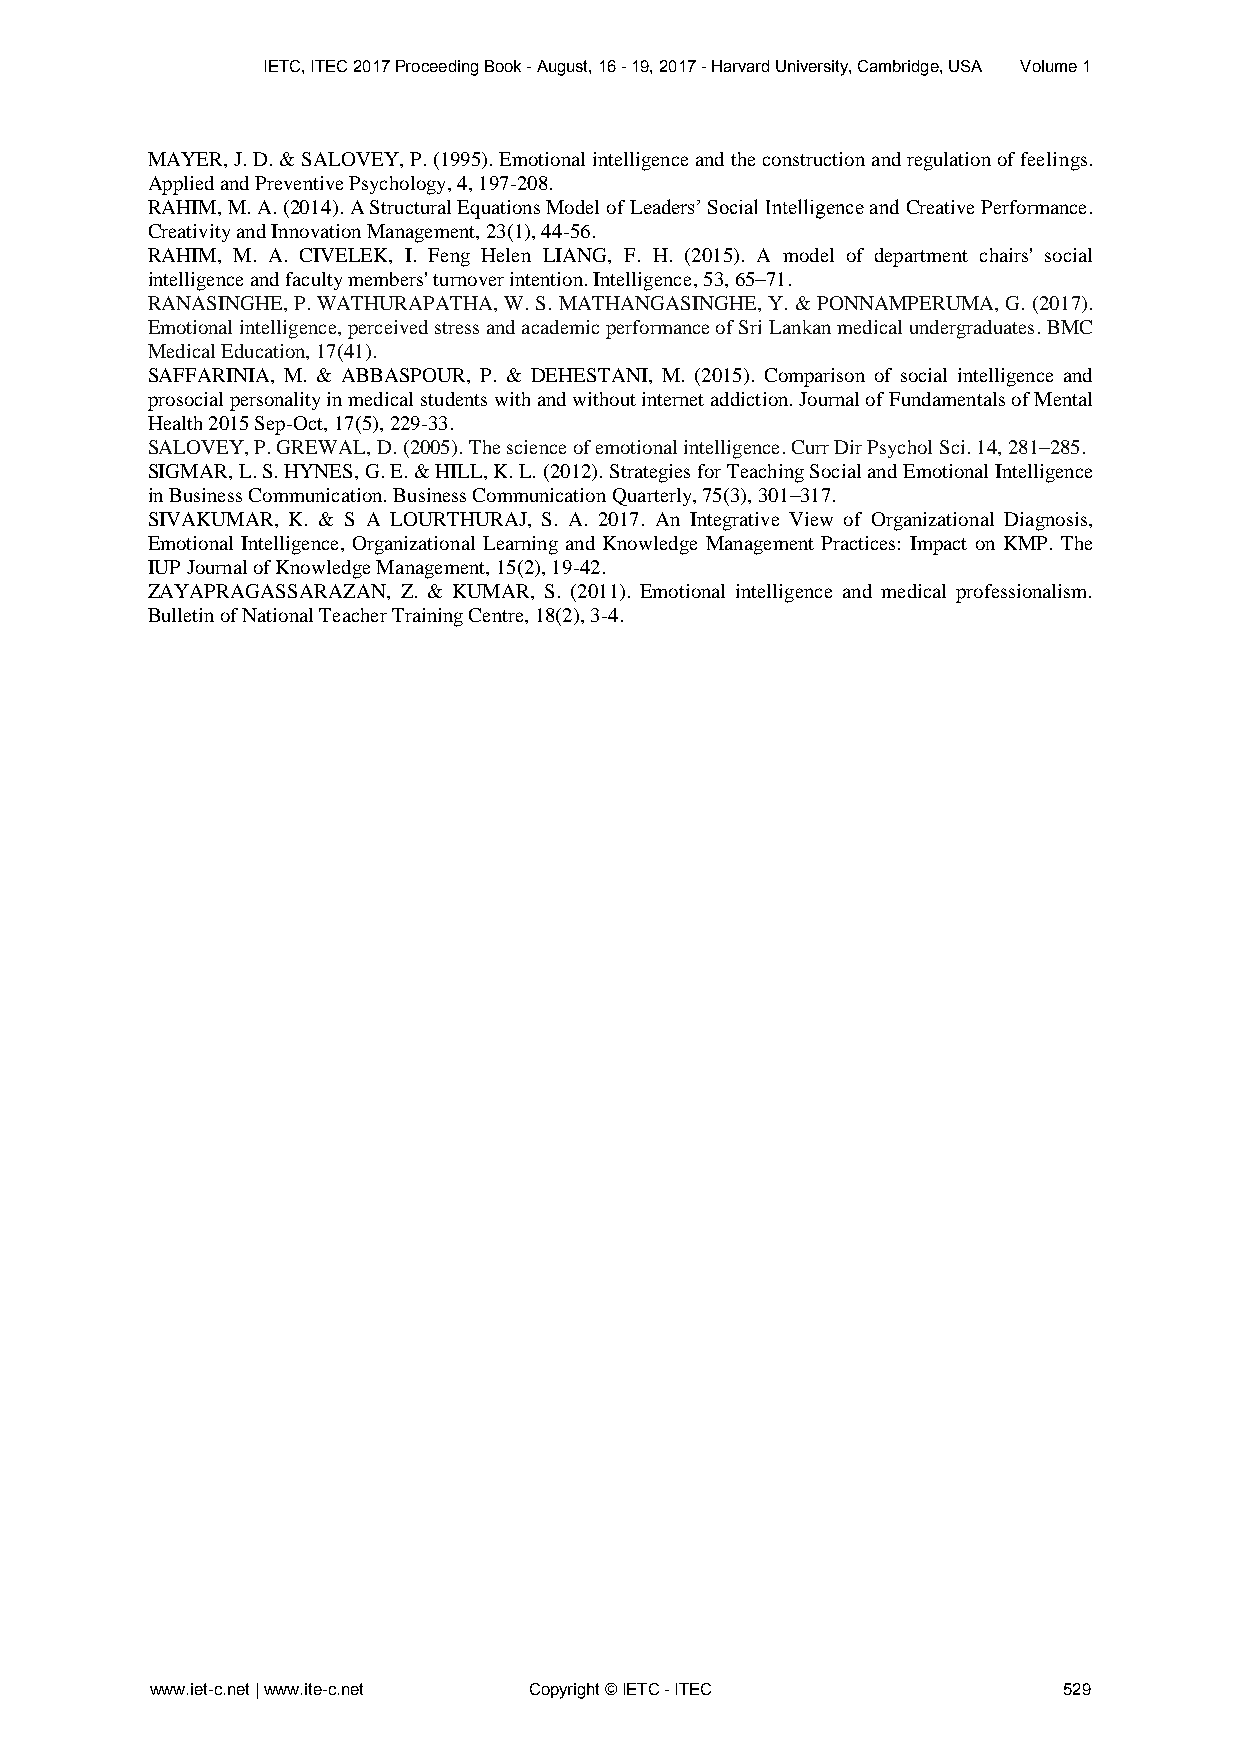
IETC, ITEC 2017 Proceeding Book - August, 16 - 19, 2017 - Harvard University, Cambridge, USA Volume 1
 MAYER, J. D. & SALOVEY, P. (1995). Emotional intelligence and the construction and regulation of feelings.
 Applied and Preventive Psychology, 4, 197-208.
 RAHIM, M. A. (2014). A Structural Equations Model of Leaders’ Social Intelligence and Creative Performance.
 Creativity and Innovation Management, 23(1), 44-56.
 RAHIM, M. A. CIVELEK, I. Feng Helen LIANG, F. H. (2015). A model of department chairs' social
 intelligence and faculty members' turnover intention. Intelligence, 53, 65–71.
 RANASINGHE, P. WATHURAPATHA, W. S. MATHANGASINGHE, Y. & PONNAMPERUMA, G. (2017).
 Emotional intelligence, perceived stress and academic performance of Sri Lankan medical undergraduates. BMC
 Medical Education, 17(41).
 SAFFARINIA, M. & ABBASPOUR, P. & DEHESTANI, M. (2015). Comparison of social intelligence and
 prosocial personality in medical students with and without internet addiction. Journal of Fundamentals of Mental
 Health 2015 Sep-Oct, 17(5), 229-33.
 SALOVEY, P. GREWAL, D. (2005). The science of emotional intelligence. Curr Dir Psychol Sci. 14, 281–285.
 SIGMAR, L. S. HYNES, G. E. & HILL, K. L. (2012). Strategies for Teaching Social and Emotional Intelligence
 in Business Communication. Business Communication Quarterly, 75(3), 301–317.
 SIVAKUMAR, K. & S A LOURTHURAJ, S. A. 2017. An Integrative View of Organizational Diagnosis,
 Emotional Intelligence, Organizational Learning and Knowledge Management Practices: Impact on KMP. The
 IUP Journal of Knowledge Management, 15(2), 19-42.
 ZAYAPRAGASSARAZAN, Z. & KUMAR, S. (2011). Emotional intelligence and medical professionalism.
 Bulletin of National Teacher Training Centre, 18(2), 3-4.
 www.iet-c.net | www.ite-c.net Copyright © IETC - ITEC       529